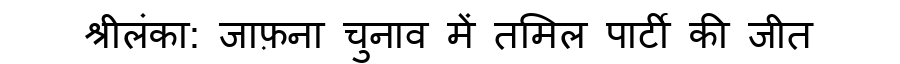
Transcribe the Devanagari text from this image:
श्रीलंका: जाफ़ना चुनाव में तमिल पार्टी की जीत